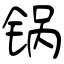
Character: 锅